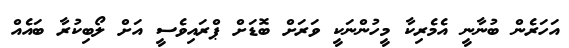
އަހަރެން ބުނާނީ އެމެރިކާ މީހުންނަކީ ވަރަށް ބޮޑަށް ޕްރައިވެސީ އަށް ލޯބިކުރާ ބައެއް